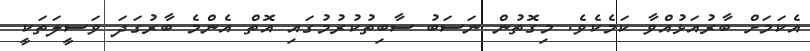
އެކަމަށް ބާރުއަޅުއްވާ ކަމެކެވެ. މިގޮތުން ނަސަބު ސާބިތުކުރުމުގައި އޮތް އެންމެ ބާރުގަދަ ވަސީލަތަކީ